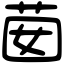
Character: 𦮗